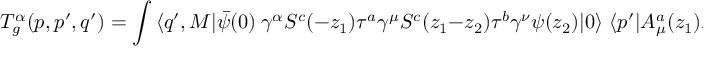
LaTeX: T _ { g } ^ { \alpha } ( p , p ^ { \prime } , q ^ { \prime } ) = \int \, \langle q ^ { \prime } , M | \bar { \psi } ( 0 ) \ \gamma ^ { \alpha } S ^ { c } ( - z _ { 1 } ) \tau ^ { a } \gamma ^ { \mu } S ^ { c } ( z _ { 1 } - z _ { 2 } ) \tau ^ { b } \gamma ^ { \nu } \psi ( z _ { 2 } ) | 0 \rangle \, \, \langle p ^ { \prime } | A _ { \mu } ^ { a } ( z _ { 1 } ) A _ { \nu } ^ { b } ( z _ { 2 } ) | p \rangle \, d ^ { 4 } z _ { 1 } d ^ { 4 } z _ { 2 } \, ,